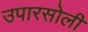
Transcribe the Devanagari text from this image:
उपारसोली